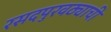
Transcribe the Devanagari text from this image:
रसदपुरवठ्याची